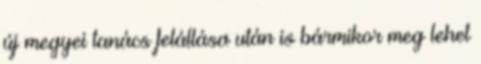
új megyei tanács felállása után is bármikor meg lehet